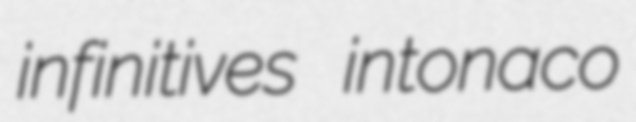
infinitives intonaco